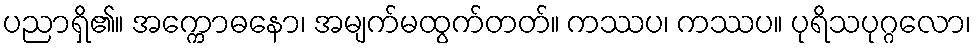
ပညာရှိ၏။ အက္ကောဓနော၊ အမျက်မထွက်တတ်။ ကဿပ၊ ကဿပ။ ပုရိသပုဂ္ဂလော၊